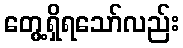
တွေ့ရှိရသော်လည်း